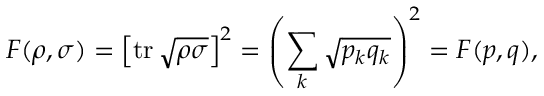
F ( \rho , \sigma ) = \left[ \operatorname { t r } { \sqrt { \rho \sigma } } \right] ^ { 2 } = \left( \sum _ { k } { \sqrt { p _ { k } q _ { k } } } \right) ^ { 2 } = F ( { \boldsymbol { p } } , { \boldsymbol { q } } ) ,